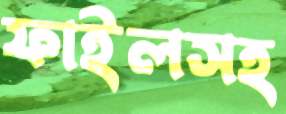
ফাইলসহ